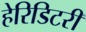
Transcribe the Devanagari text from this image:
हेरिडिटरी